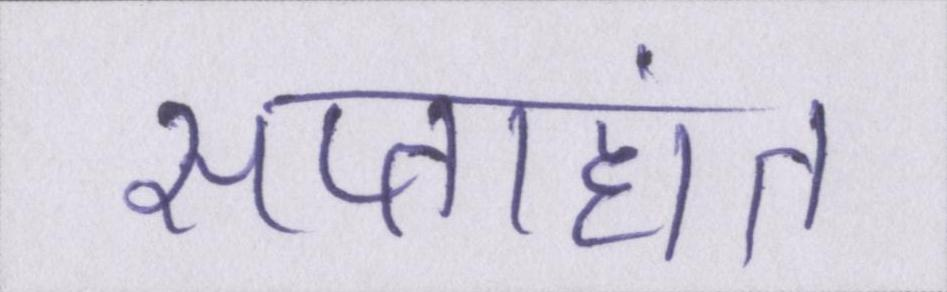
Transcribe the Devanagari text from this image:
सप्ताहांत